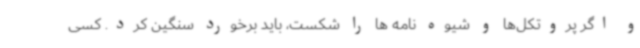
و اگر پروتکل‌ها و شیوه نامه ها را شکست، باید برخورد سنگین کرد. کسی